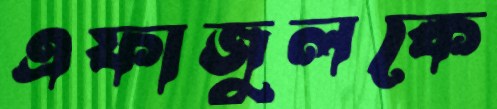
এফাজুলকে